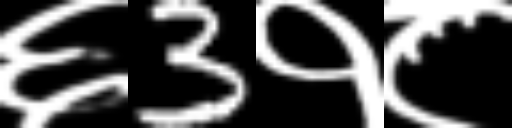
Text: ६3१८